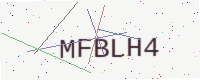
Text: MFBLH4